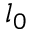
l _ { 0 }